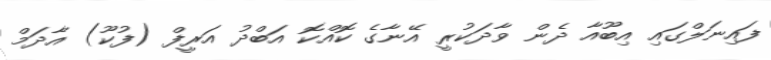
ފައިނަލްގައި އިބޫއާ ދެން ވާދަކުރީ އޭނާގެ ކޮއްކޮ އަބްދު އަރީފް (ފުކޫ) އާދަމް